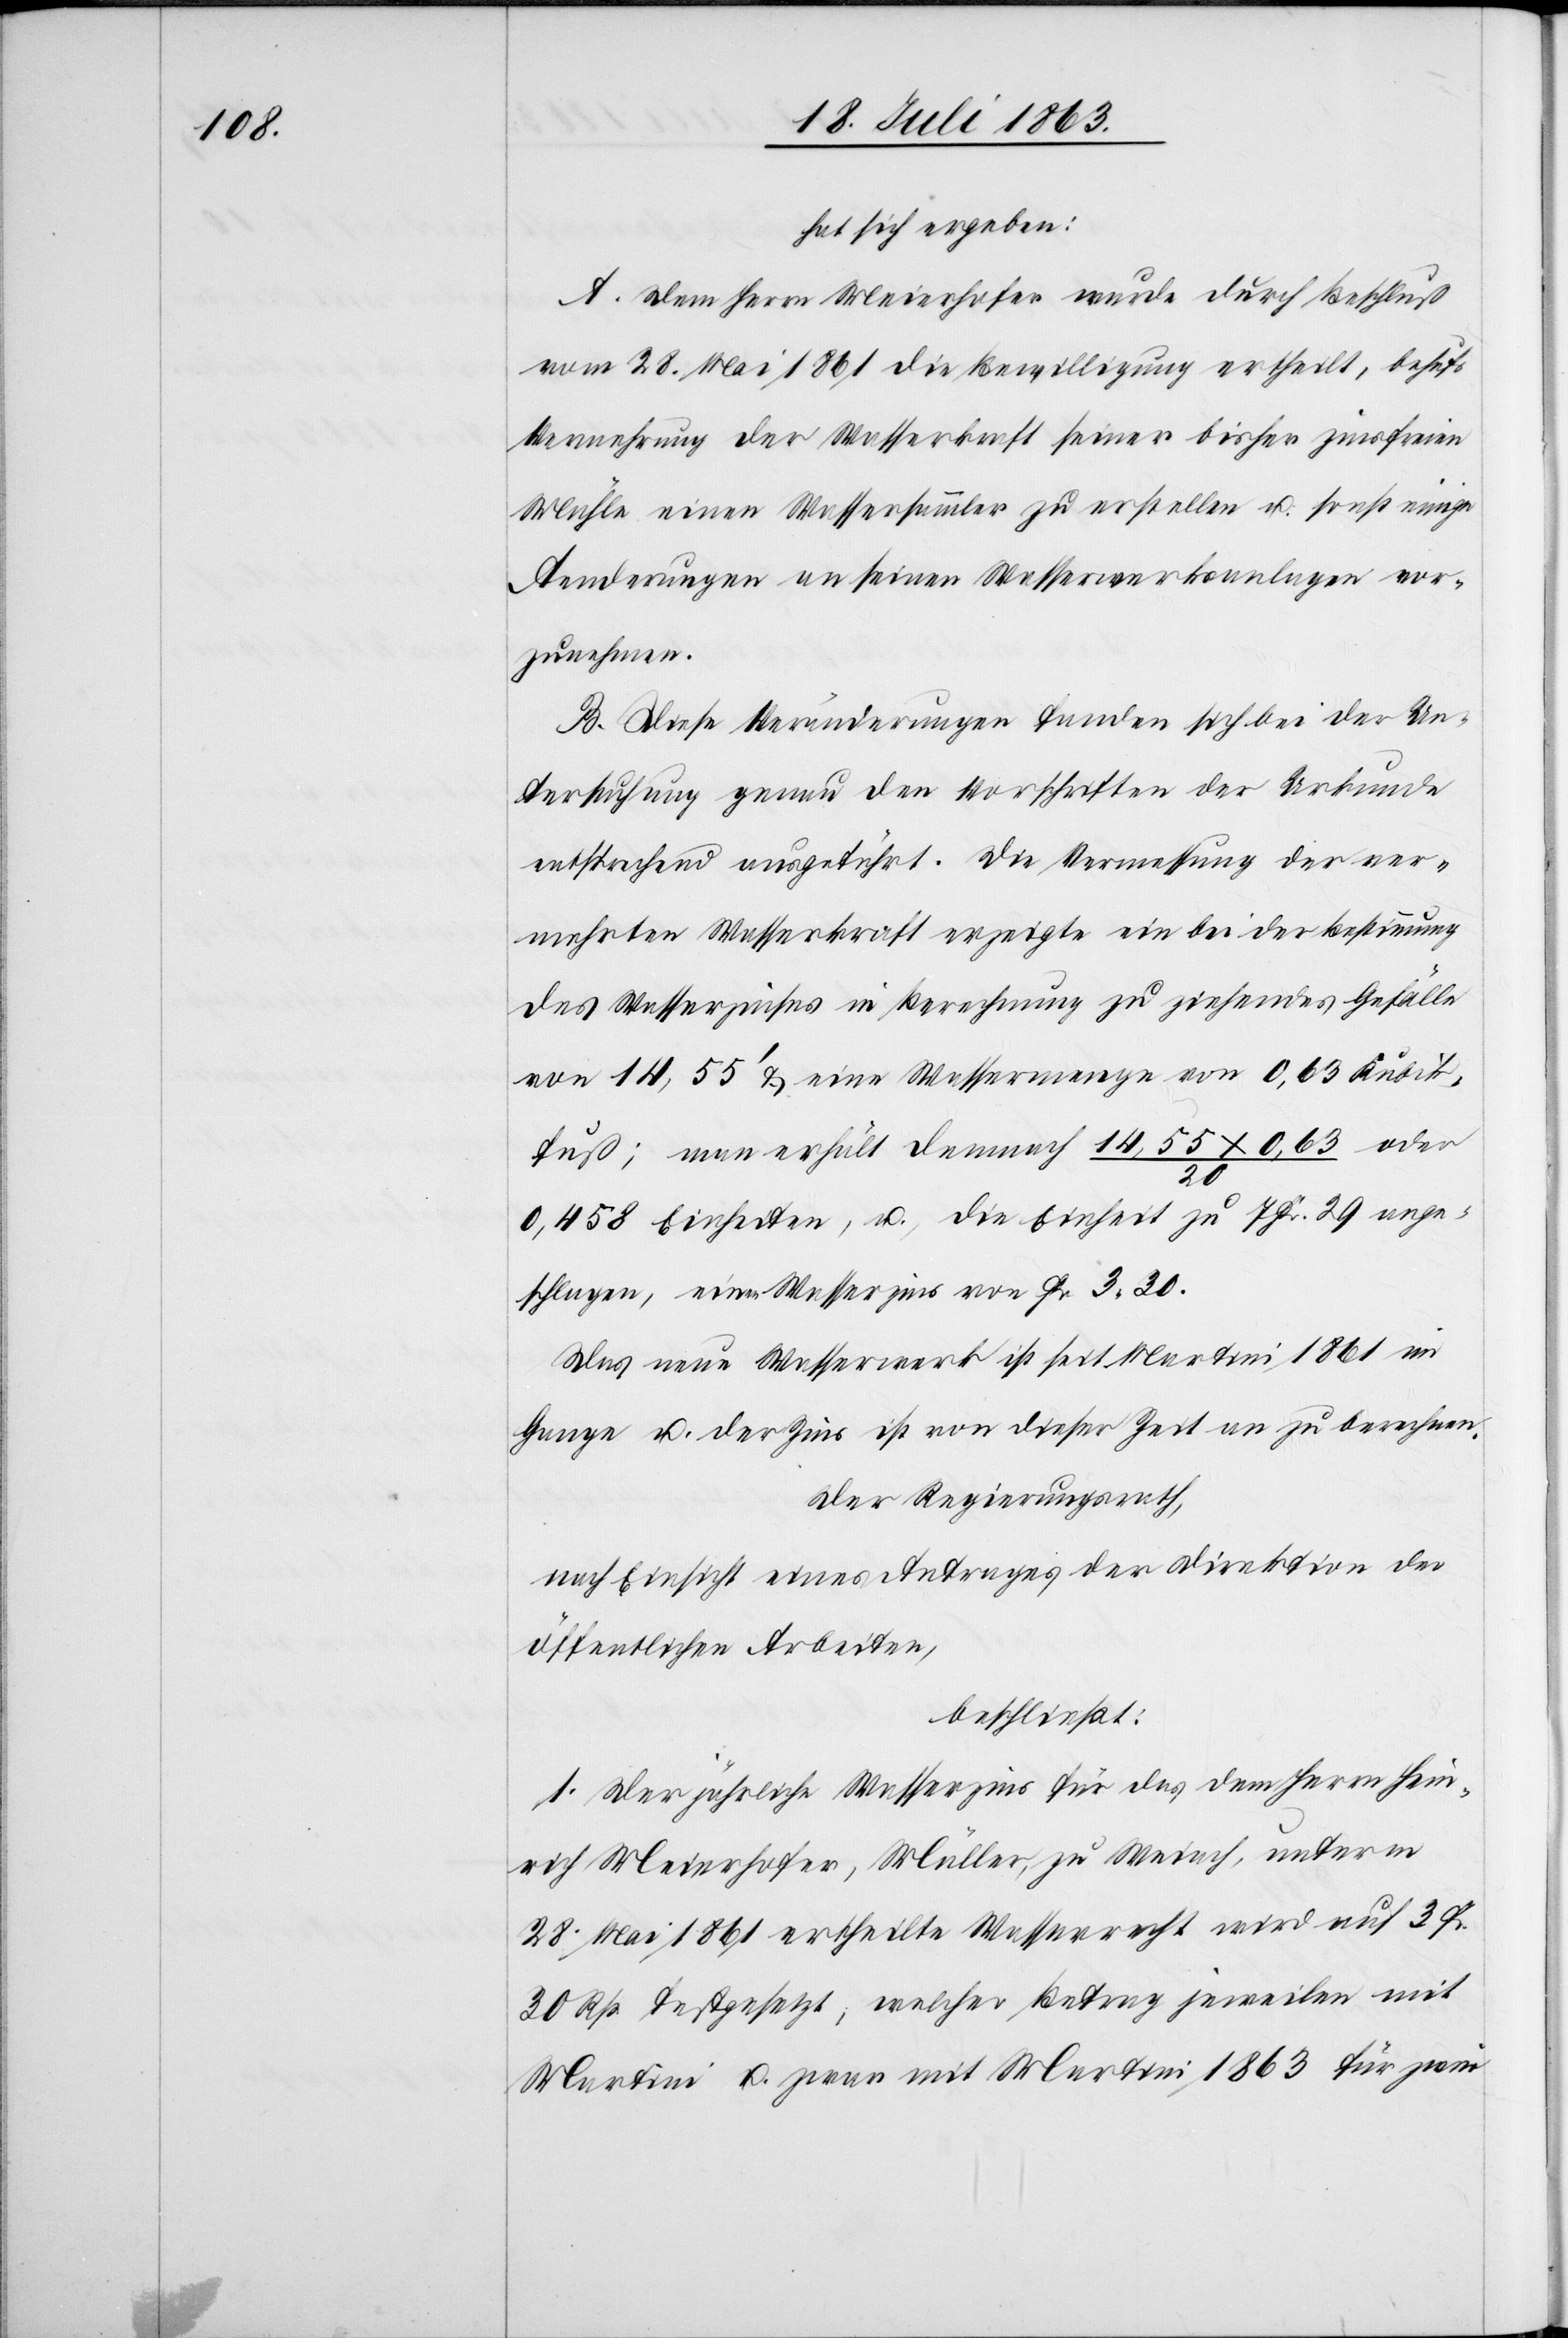
hat sich ergeben:
A. Dem Herrn Meierhofer wurde durch Beschluß
vom 28. Mai 1861 die Bewilligung ertheilt, behufs
Vermehrung der Wasserkraft seiner bisher zinsfreien
Mühle einen Wassersammler zu erstellen u. sonst einige
Aenderungen an seinen Wasserwerksanlagen vor¬
zunehmen.
B. Diese Veränderungen fanden sich bei der Un¬
tersuchung genau den Vorschriften der Urkunde
entsprechend ausgeführt. Die Vermessung der ver¬
mehrten Wasserkraft erzeigte ein bei der Bestimmung
des Wasserzinses in Berechnung zu ziehendes Gefälle
von 14,55' & eine Wassermenge von 0,63 Kubik¬
fuß; man erhält demnach 14,55 x 0,63 / 20 oder
0,458 Einheiten, u. die Einheit zu 7 Fr. 29 ange¬
schlagen, einen Wasserzins von Fr. 3. 30.
Das neue Wasserwerk ist seit Martini 1861 im
Gange u. der Zins ist von dieser Zeit an zu berechnen.
Der Regierungsrath,
nach Einsicht eines Antrages der Direktion der
öffentlichen Arbeiten,
beschließt:
1. Der jährliche Wasserzins für das dem Herrn Hein¬
rich Meierhofer, Müller, zu Weiach, unterm
28. Mai 1861 ertheilte Wasserrecht wird auf 3 Fr.
30 Rp. festgesetzt, welcher Betrag jeweilen mit
Martini u. zwar mit Martini 1863 für zwei